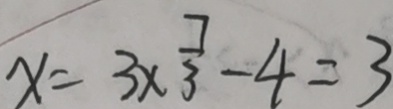
x = 3 \times \frac { 7 } { 3 } - 4 = 3